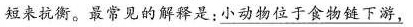
短来抗衡。最常见的解释是：小动物位于食物链下游，